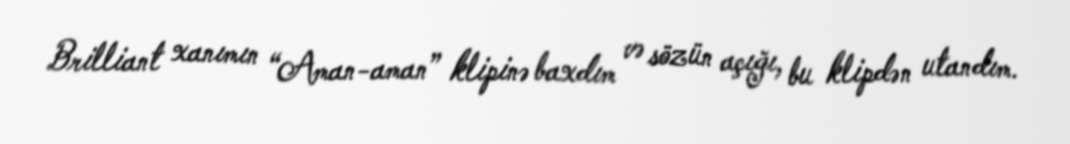
Brilliant xanımın “Aman-aman” klipinə baxdım və sözün açığı, bu klipdən utandım.